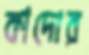
কাদোর